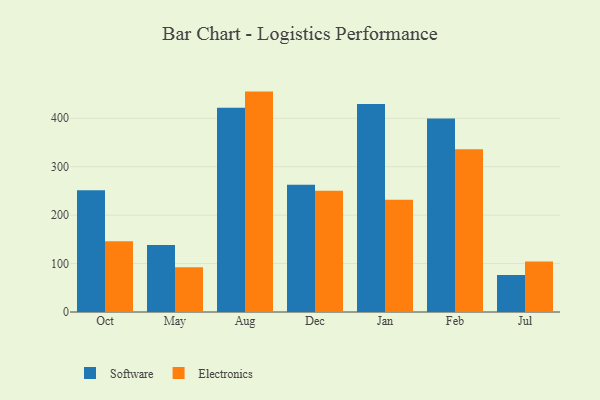
{"axis": {"x": "Month", "y": "Shipments"}, "legend": ["Electronics", "Software"], "data": [{"x": "Oct", "y": 251.3, "type": "Software"}, {"x": "Oct", "y": 146.2, "type": "Electronics"}, {"x": "May", "y": 138.4, "type": "Software"}, {"x": "May", "y": 92.4, "type": "Electronics"}, {"x": "Aug", "y": 421.8, "type": "Software"}, {"x": "Aug", "y": 455.1, "type": "Electronics"}, {"x": "Dec", "y": 262.9, "type": "Software"}, {"x": "Dec", "y": 250.4, "type": "Electronics"}, {"x": "Jan", "y": 429.3, "type": "Software"}, {"x": "Jan", "y": 231.8, "type": "Electronics"}, {"x": "Feb", "y": 399.3, "type": "Software"}, {"x": "Feb", "y": 336.0, "type": "Electronics"}, {"x": "Jul", "y": 76.4, "type": "Software"}, {"x": "Jul", "y": 104.5, "type": "Electronics"}]}